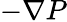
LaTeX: -\nabla P